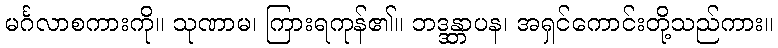
မင်္ဂလာစကားကို။ သုဏာမ၊ ကြားရကုန်၏။ ဘဒ္ဒန္တာပန၊ အရှင်ကောင်းတို့သည်ကား။